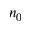
n _ { 0 }